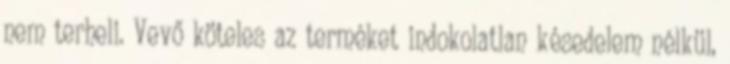
nem terheli. Vevő köteles az terméket indokolatlan késedelem nélkül,